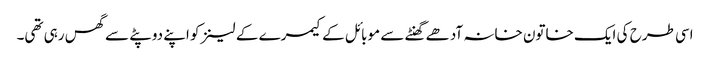
اسی طرح کی ایک خاتون خانہ آدھے گھنٹے سے موبائل کے کیمرے کے لینز کو اپنے دوپٹے سے گھس رہی تھی۔